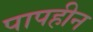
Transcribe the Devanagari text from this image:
पापहीन